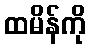
ထမိန်ကို